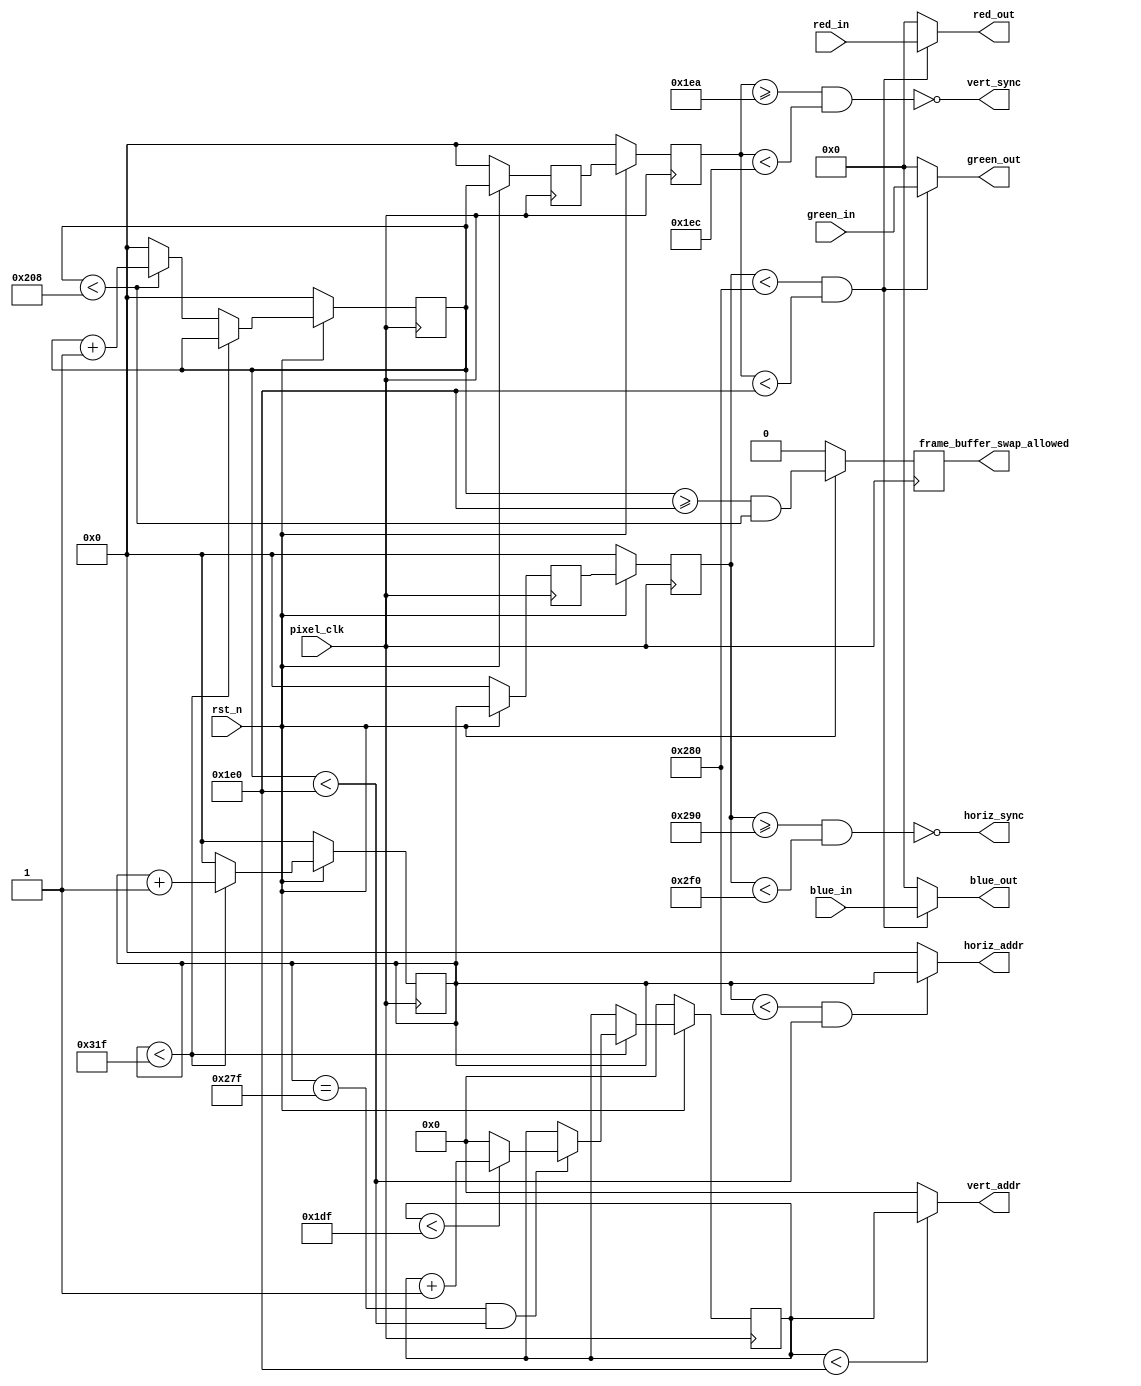
module vga_output #(
  // Default vals taken from Digilent's Pmod VGA Reference Manual on 2020-09-29
  // https://reference.digilentinc.com/reference/pmod/pmodvga/reference-manual
  parameter HORIZ_RESOLUTION  = 640,
            HORIZ_FRONT_PORCH =  16,
            HORIZ_SYNC_PULSE  =  96,
            HORIZ_BACK_PORCH  =  48,

            VERT_RESOLUTION  = 480,
            VERT_FRONT_PORCH =  10,
            VERT_SYNC_PULSE  =   2,
            VERT_BACK_PORCH  =  29,

            OUTPUT_DELAY_COUNT = 2
  ) (
    input pixel_clk, // If running with default values, expects 25 MHz
    input rst_n,
    input [3:0] red_in,
    input [3:0] green_in,
    input [3:0] blue_in,
    output reg frame_buffer_swap_allowed,
    output [$clog2(HORIZ_RESOLUTION)-1:0] horiz_addr,
    output [$clog2(VERT_RESOLUTION)-1:0] vert_addr,
    output horiz_sync,
    output vert_sync,
    output [3:0] red_out,
    output [3:0] green_out,
    output [3:0] blue_out
  );

  localparam HORIZ_TOTAL = HORIZ_RESOLUTION  + 
    HORIZ_FRONT_PORCH + 
    HORIZ_SYNC_PULSE  + 
    HORIZ_BACK_PORCH;

  localparam VERT_TOTAL = VERT_RESOLUTION  + 
    VERT_FRONT_PORCH + 
    VERT_SYNC_PULSE  + 
    VERT_BACK_PORCH;

  wire currently_drawing_screen;

  // location (0,0) is the upper-left most pixel
  // the horiz_counter increases the further right the position is
  // the vert_counter increases the further down the position is
  // the delayed version are responsible for logic related to the vga_output,
  // since the point is to provide enough of a read-ahead to deliver the pixel
  // data in time
  reg [$clog2(HORIZ_TOTAL)-1:0] horiz_counter = 0;
  reg [$clog2(VERT_TOTAL)-1:0]  vert_counter  = 0;
  wire [$clog2(HORIZ_TOTAL)-1:0] horiz_counter_delayed;
  wire [$clog2(VERT_TOTAL)-1:0]  vert_counter_delayed;

  generate
  // case of no delay
  if(OUTPUT_DELAY_COUNT == 0) begin
    assign horiz_counter_delayed = horiz_counter;
    assign vert_counter_delayed = vert_counter;

  // case of one clock cycle delay
  end else if (OUTPUT_DELAY_COUNT == 1) begin
    reg [$clog2(HORIZ_TOTAL)-1:0] horiz_counter_delay_reg;
    reg [$clog2(VERT_TOTAL)-1:0]  vert_counter_delay_reg;

    always @(posedge pixel_clk) begin
      if (rst_n == 1'b0) begin
        horiz_counter_delay_reg = 0;
        vert_counter_delay_reg  = 0;
      end else begin
        horiz_counter_delay_reg <= horiz_counter;
        vert_counter_delay_reg  <= vert_counter;
      end
    end

    assign horiz_counter_delayed = horiz_counter_delay_reg;
    assign vert_counter_delayed  = vert_counter_delay_reg;

  // case of multiple clock cycle delay
  end else begin
    reg [$clog2(HORIZ_TOTAL)-1:0] horiz_counter_delay_reg [OUTPUT_DELAY_COUNT-1:0];
    reg [$clog2(VERT_TOTAL)-1:0]  vert_counter_delay_reg  [OUTPUT_DELAY_COUNT-1:0];

    integer i;
    always @(posedge pixel_clk) begin
      if (rst_n == 1'b0) begin
        for(i=0; i<OUTPUT_DELAY_COUNT; i=i+1) begin
          horiz_counter_delay_reg[i] = 0;
          vert_counter_delay_reg[i]  = 0;
        end
      end else begin
        for(i=OUTPUT_DELAY_COUNT-1; i>0; i=i-1) begin
          horiz_counter_delay_reg[i] <= horiz_counter_delay_reg[i-1];
          vert_counter_delay_reg[i]  <= vert_counter_delay_reg[i-1];
        end
        horiz_counter_delay_reg[0] <= horiz_counter;
        vert_counter_delay_reg[0]  <= vert_counter;
      end
    end

    assign horiz_counter_delayed = horiz_counter_delay_reg [OUTPUT_DELAY_COUNT-1];
    assign vert_counter_delayed  = vert_counter_delay_reg  [OUTPUT_DELAY_COUNT-1];
  end
  endgenerate

  // This is similar to vert_counter, except it only keeps count up to the
  // vertical resolution, and increments at the start of the front porch
  // rather than at the end of the back porch
  // This is done for addressing, so the next needed line of the frame can be
  // requested in the vert_addr before the line is actually finished
  reg [$clog2(VERT_RESOLUTION)-1:0] horiz_lines_drawn_counter = 0;

  always @(posedge pixel_clk) begin
    if (rst_n == 0) begin
      horiz_counter             <= 0;
      horiz_lines_drawn_counter <= 0;
      vert_counter              <= 0;
      frame_buffer_swap_allowed <= 0;

    end else begin
      // These value boundaries are conservative. There is additional time on
      // each side that could also be included, but it would involve more
      // complex logic that monitors the horizontal counter. This could be
      // implemented, but it's currently unnecessary and may introduce
      // problems 
      frame_buffer_swap_allowed <= (vert_counter >= VERT_RESOLUTION) && 
                                   (vert_counter < VERT_TOTAL-1);

      if (horiz_counter < HORIZ_TOTAL-1) begin
        horiz_counter <= horiz_counter + 1;

        // increment horiz_lines_drawn when the visible portion of
        // a visible horizontal line is finished being counted by
        // horiz_counter
        if ((horiz_counter == HORIZ_RESOLUTION - 1) && 
            (vert_counter < VERT_RESOLUTION)) begin
          if (horiz_lines_drawn_counter < VERT_RESOLUTION-1) begin
            horiz_lines_drawn_counter <= horiz_lines_drawn_counter + 1;
          end else begin
            horiz_lines_drawn_counter <= 0;
          end
        end else begin
          horiz_lines_drawn_counter <= horiz_lines_drawn_counter;
        end

        vert_counter <= vert_counter;

      end else begin
        horiz_counter <= 0;

        horiz_lines_drawn_counter <= horiz_lines_drawn_counter;

        if (vert_counter < VERT_TOTAL-1) begin
          vert_counter <= vert_counter + 1;
        end else begin
          vert_counter <= 0;
        end

      end
    end
  end

  assign horiz_addr = ((horiz_counter < HORIZ_RESOLUTION) &&
                       (vert_counter < VERT_RESOLUTION)) ? 
                      horiz_counter : 0;

  assign vert_addr = (horiz_lines_drawn_counter < VERT_RESOLUTION) ? 
                      horiz_lines_drawn_counter : 0;

  assign horiz_sync = !((horiz_counter_delayed >= (HORIZ_RESOLUTION + 
                                                   HORIZ_FRONT_PORCH)) &&
                        (horiz_counter_delayed < (HORIZ_TOTAL - 
                                                  HORIZ_BACK_PORCH)));

  assign vert_sync = !((vert_counter_delayed >= (VERT_RESOLUTION + 
                                                 VERT_FRONT_PORCH)) &&
                       (vert_counter_delayed < (VERT_TOTAL - 
                                                VERT_BACK_PORCH)));

  /*
  assign red_out   = red_in;
  assign green_out = green_in;
  assign blue_out  = blue_in;
  */
  assign currently_drawing_screen = ((horiz_counter_delayed < HORIZ_RESOLUTION) && 
                                     (vert_counter_delayed < VERT_RESOLUTION));

  assign red_out   = currently_drawing_screen ? red_in   : 0;
  assign green_out = currently_drawing_screen ? green_in : 0;
  assign blue_out  = currently_drawing_screen ? blue_in  : 0;

/*
  always @(vert_counter) begin
    vert_sync = vert_counter < VERT_SYNC_PULSE;

    if ((vert_addr > (VERT_SYNC_PULSE + VERT_BACK_PORCH)) &&
        (vert_addr < VERT_TOTAL - VERT_FRONT_PORCH)) begin
      vert_addr = vert_counter - VERT_SYNC_PULSE - VERT_BACK_PORCH;
    end else begin
      vert_addr = 0;
    end
  end
*/
endmodule